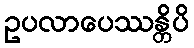
ဥပလာပေဿန္တိပိ